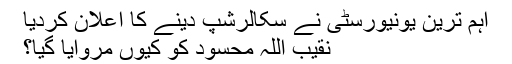
اہم ترین یونیورسٹی نے سکالرشپ دینے کا اعلان کردیا
نقیب اللہ محسود کو کیوں مروایا گیا؟